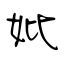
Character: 妣